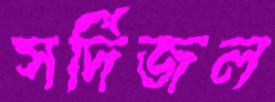
সর্দিজল